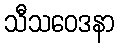
သီသဝေဒနာ